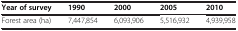
| Year of survey | 1990 | 2000 | 2005 | 2010 |
 | --- | --- | --- | --- | --- |
 | Forest area (ha) | 7,447,854 | 6,093,906 | 5,516,932 | 4,939,958 |